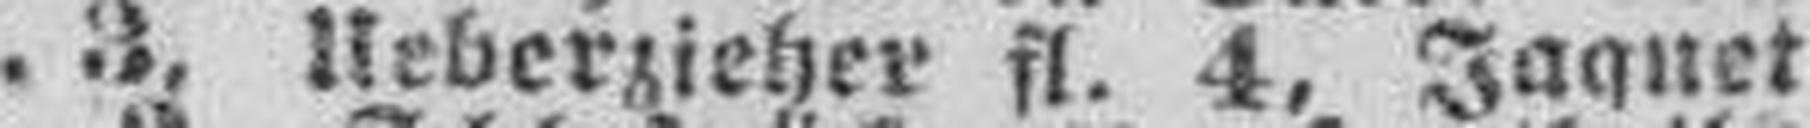
fl. 3, Ueberzieher fl. 4, Jaquet